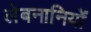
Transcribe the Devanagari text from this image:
लेबनानियों